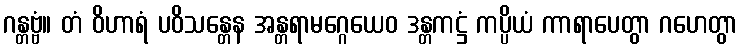
ဂန္တဗ္ဗံ။ တံ ဝိဟာရံ ပဝိသန္တေန အန္တရာမဂ္ဂေယေဝ ဒန္တကဋ္ဌံ ကပ္ပိယံ ကာရာပေတွာ ဂဟေတွာ